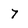
Character: 7